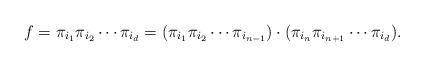
LaTeX: \begin{align*} f = \pi_{i_1}\pi_{i_2}\cdots \pi_{i_d} = ( \pi_{i_1}\pi_{i_2}\cdots \pi_{i_{n-1}} ) \cdot (\pi_{i_{n}}\pi_{i_{n+1}}\cdots \pi_{i_d} ).\end{align*}